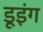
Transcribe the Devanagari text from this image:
डूइंग